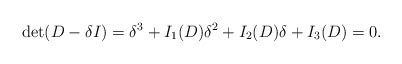
\begin{align*}\det (D- \delta I) = \delta^3 + I_1(D) \delta^2 + I_2(D) \delta + I_3(D) =0.\end{align*}